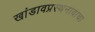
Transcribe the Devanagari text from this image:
खांडावप्रस्थनावाचा